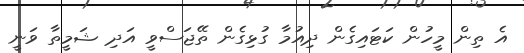
އެ ތިން މީހުން ކަޓައިގެން ދިއުމާ ގުޅިގެން ތޭޖަސްވީ އަދި ޝަމީތާ ވަނީ